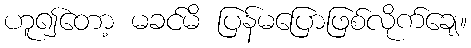
ဟူ၍တော့ မခင်မိ ပြန်မပြောဖြစ်လိုက်ချေ။